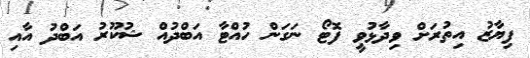
ފިޔާޒު އިތުރަށް ވިދާޅުވީ ފޮޓޯ ނަގަން ހުއްޓާ އަބްދުއް ޝުކޫރު އަބްދު އާއި